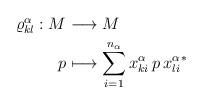
LaTeX: \begin{align*}\begin{aligned}\varrho^{\alpha}_{kl}:M &\longrightarrow M\\p &\longmapsto \sum^{n_{\alpha}}_{i=1}x^{\alpha}_{ki}\,p\,x^{\alpha\,\ast}_{li}\end{aligned}\end{align*}